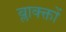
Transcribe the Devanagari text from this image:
ब्लाक्क्तों